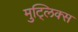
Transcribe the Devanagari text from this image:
मुट्लिक्स